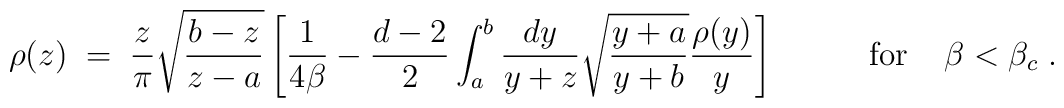
\rho(z) \;=\; {z\over \pi}\sqrt{b-z\over z-a}\left[{1\over 4\beta} - {d-2\over 2}\int_a^b{d y\over y+z}\sqrt{y+a\over y+b}{\rho(y)\over y}\right]\;\;\;\;\;\;\;\;\;\;{\rm for}\;\;\;\; \beta < \beta_c\;.